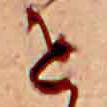
せ